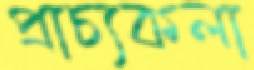
প্রাচ্যকলা